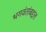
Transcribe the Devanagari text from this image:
भगवंतांबद्दल